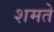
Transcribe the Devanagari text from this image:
शमते